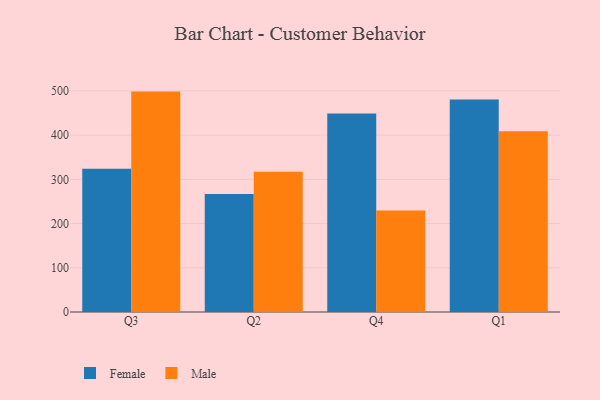
{"axis": {"x": "Quarter", "y": "Gross Profit (USD K)"}, "legend": ["Female", "Male"], "data": [{"x": "Q3", "y": 324.2, "type": "Female"}, {"x": "Q3", "y": 498.4, "type": "Male"}, {"x": "Q2", "y": 266.8, "type": "Female"}, {"x": "Q2", "y": 317.0, "type": "Male"}, {"x": "Q4", "y": 448.8, "type": "Female"}, {"x": "Q4", "y": 229.4, "type": "Male"}, {"x": "Q1", "y": 480.3, "type": "Female"}, {"x": "Q1", "y": 408.5, "type": "Male"}]}